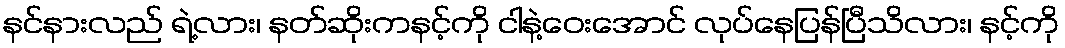
နင်နားလည် ရဲ့လား၊ နတ်ဆိုးကနင့်ကို ငါနဲ့ဝေးအောင် လုပ်နေပြန်ပြီသိလား၊ နင့်ကို